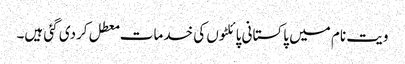
ویت نام میں پاکستانی پائلٹوں کی خدمات معطل کردی گئی ہیں۔